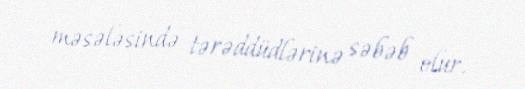
məsələsində tərəddüdlərinə səbəb olur.